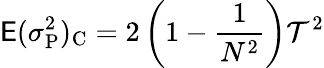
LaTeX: \mathsf{E}(\sigma_{\mathrm{P}}^{2})_{\mathrm{C}}=2\left(1-{\frac{{1}}{{N^{2}}}}\right)\mathcal{{T}}^{2}